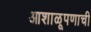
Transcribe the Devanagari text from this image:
आशाळूपणाची